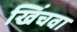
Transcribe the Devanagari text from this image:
खिंचवा